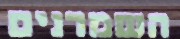
השמרנים